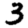
Digit: 3